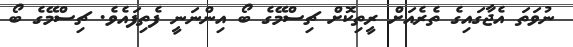
ނުވަތަ އެޖާގައިގެ ތެރެއަށް ރީތިކޮށް ޗިސްމޭގެ ބޯ އިންނަނީ ފެތިފައެވެ. ޗިސްމޭގެ ބޯ